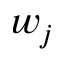
w _ { j }